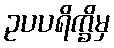
ဥပပရိက္ခိမှ